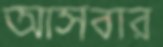
আসবার